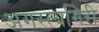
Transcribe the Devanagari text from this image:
अगस्त्यगिरी